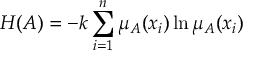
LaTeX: H ( A ) = - k \sum _ { i = 1 } ^ { n } \mu _ { A } ( x _ { i } ) \ln \mu _ { A } ( x _ { i } )